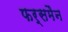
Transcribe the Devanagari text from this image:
फर्समैन